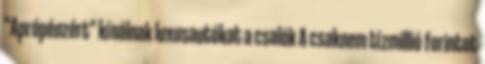
"Aprópénzért" kínálnak luxusautókat a csalók A csaknem tízmillió forintot